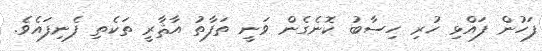
ފަހުން ފައްޅި ހުރި ހިސާބު ކޮނެގެން ވަނީ ތަފާތު އާޘާރީ ތަކެތި ފެނިފައެވެ.